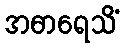
အဓာရေသိံ